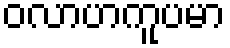
ဝလာဟကူပမာ